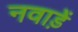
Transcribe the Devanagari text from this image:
नवाड़ें